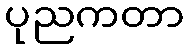
ပုညကတာ